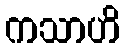
ကသာဟိ